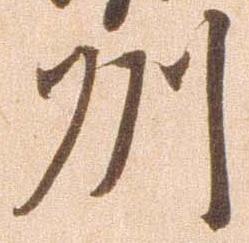
州